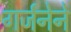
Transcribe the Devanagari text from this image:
गर्जनेने